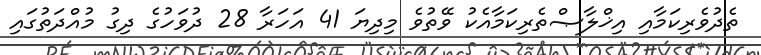
ތެދުވެރިކަމާއި އިޚްލާޞްތެރިކަމާއެކު ވޭތުވެ މިދިޔަ 41 އަހަރާ 28 ދުވަހުގެ ދިގު މުއްދަތުގައި